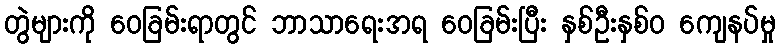
တွဲများကို ဝေခြမ်းရာတွင် ဘာသာရေးအရ ဝေခြမ်းပြီး နှစ်ဦးနှစ်ဝ ကျေနပ်မှု